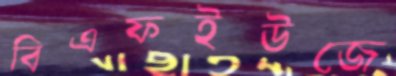
বিএফইউজে